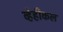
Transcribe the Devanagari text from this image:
व्हेहीकल